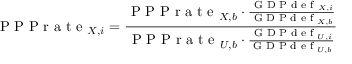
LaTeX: { \textrm { P P P r a t e } } _ { X , i } = { \frac { { \textrm { P P P r a t e } } _ { X , b } \cdot { \frac { { \textrm { G D P d e f } } _ { X , i } } { { \textrm { G D P d e f } } _ { X , b } } } } { { \textrm { P P P r a t e } } _ { U , b } \cdot { \frac { { \textrm { G D P d e f } } _ { U , i } } { { \textrm { G D P d e f } } _ { U , b } } } } }